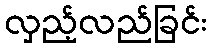
လှည့်လည်ခြင်း